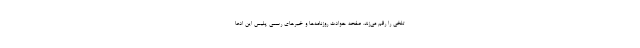
تلخی را رقم می‌زند. صفحه حوادث روزنامه‌ها و خبرهای رسمی پلیس این ادعا